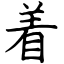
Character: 着